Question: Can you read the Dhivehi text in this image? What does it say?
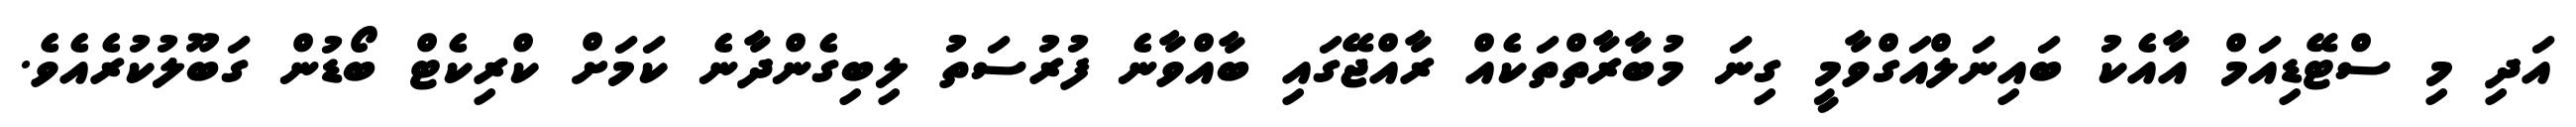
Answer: އަދި މި ސްޓޭޑިއަމް އާއެކު ބައިނަލްއަގްވާމީ ގިނަ މުބާރާތްތަކެއް ރާއްޖޭގައި ބާއްވާނެ ފުރުސަތު ލިބިގެންދާނެ ކަމަށް ކްރިކެޓް ބޯޑުން ގަބޫލުކުރެއެވެ.